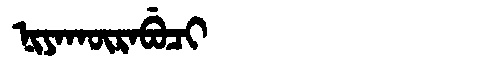
Manchu: ᠨᡳᠶᠠᡴᡡᡵᠠᠪᡠᠴᡳ
Romanization: NIYAKŪRABUCI